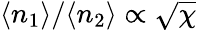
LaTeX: \langle n_{1}\rangle/\langle n_{2}\rangle\propto\sqrt{\chi}